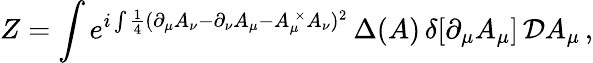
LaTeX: Z=\int e^{i\int\frac 14(\partial_{\mu}A_{\nu}-\partial_{\nu}A_{\mu}-A_{\mu}^{\, \times}A_{\nu})^{2}}\, \Delta(A)\, \delta[\partial_{\mu}A_{\mu}]\, {\cal D}A_{\mu}\, ,